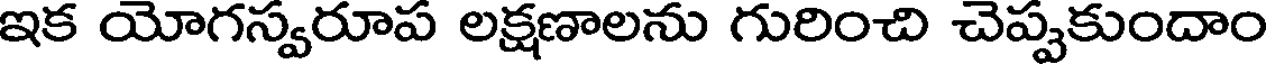
ఇక యోగస్వరూప లక్షణాలను గురించి చెప్పకుందాం